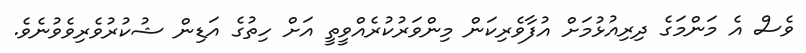
ވެސް އެ މަންމަގެ ދިރިއުޅުމަށް އުފާވެރިކަން މިންވަރުކުރެއްވީތީ އަށް ހިތުގެ އަޑިން ޝުކުރުވެރިވެވުނެވެ.